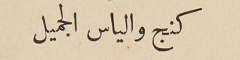
كنج والياس الجميل